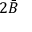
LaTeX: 2 { \bar { B } }